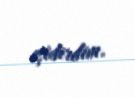
eşidirdim.